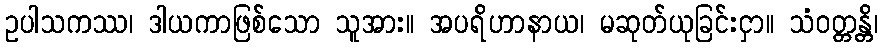
ဥပါသကဿ၊ ဒါယကာဖြစ်သော သူအား။ အပရိဟာနာယ၊ မဆုတ်ယုခြင်းငှာ။ သံဝတ္တန္တိ၊